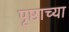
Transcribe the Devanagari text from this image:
पृष्ठाच्या